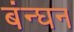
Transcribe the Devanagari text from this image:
बंन्घन